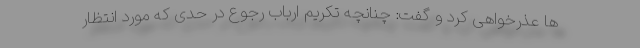
ها عذرخواهی کرد و گفت: چنانچه تکریم ارباب رجوع در حدی که مورد انتظار